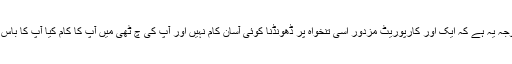
ا س کی وجہ یہ ہے کہ ایک اور کارپوریٹ مزدور اسی تنخواہ پر ڈھونڈنا کوئی آسان کام نہیں اور آپ کی چ ٹھی میں آپ کا کام کیا آپ کا باس کرے گا۔